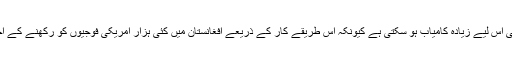
وہ کہتی ہیں کہ میں سمجھتی ہوں کہ یہ حکمت عملی اس لیے زیادہ کامیاب ہو سکتی ہے کیونکہ اس طریقے کار کے ذریعے افغانستان میں کئی ہزار امریکی فوجیوں کو رکھنے کے اخراجات برداشت کرنے کی ضرورت نہیں پڑےگی۔